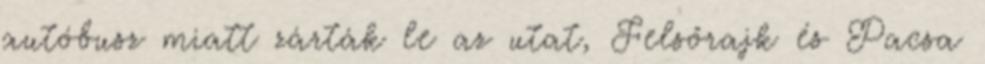
autóbusz miatt zárták le az utat, Felsőrajk és Pacsa